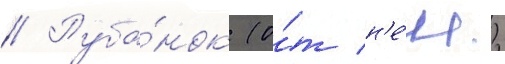
// Руба́нок (о́т н'е́м.)